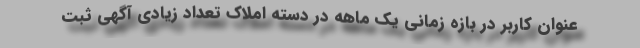
عنوان کاربر در بازه زمانی یک ماهه در دسته املاک تعداد زیادی آگهی ثبت